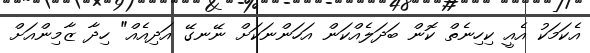
އެކަމަކު އެއީ ކިހިނެތް ކޮން ބަދަލެއްކަން އަހަންނަކަށް ނޭނގޭ އަދިއެއް" ހިދާ ޒާމިންއަށް